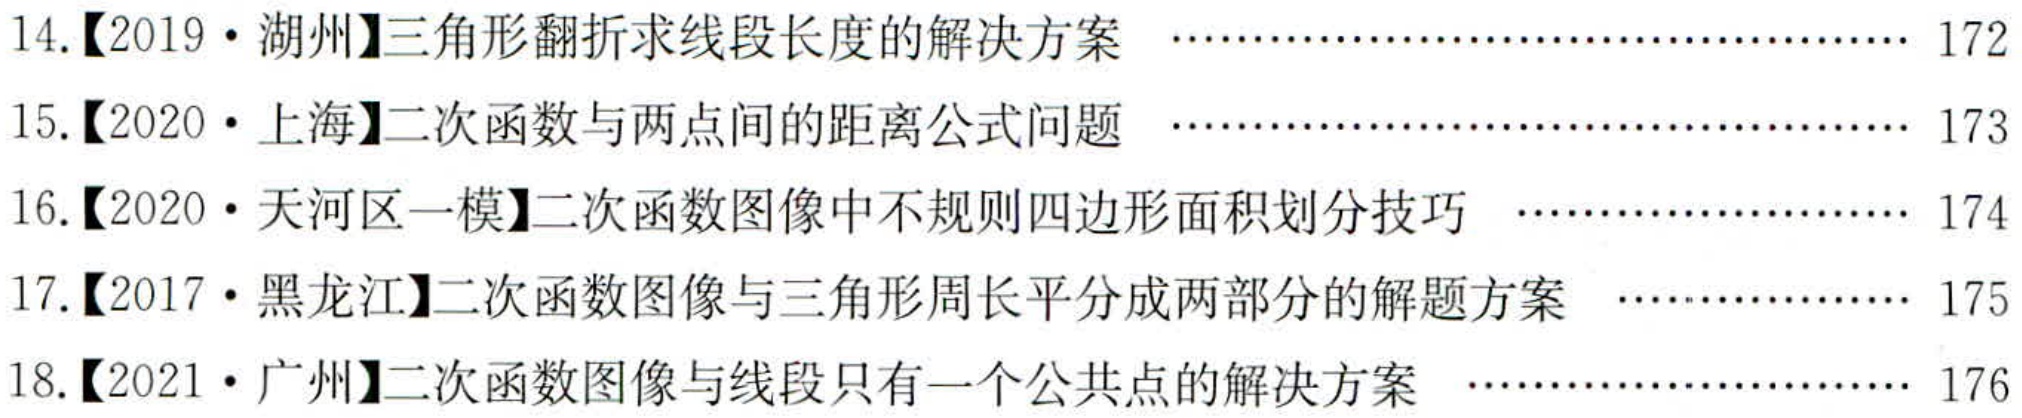
14.【2019·湖州】三角形翻折求线段长度的解决方案 ……………………………………… 172
15.【2020·上海】二次函数与两点间的距离公式问题 ……………………………………… 173
16.【2020·天河区一模】二次函数图像中不规则四边形面积划分技巧 …………………… 174
17.【2017·黑龙江】二次函数图像与三角形周长平分成两部分的解题方案 ………………… 175
18.【2021·广州】二次函数图像与线段只有一个公共点的解决方案 ………………………… 176